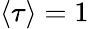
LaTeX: \langle\tau\rangle=1